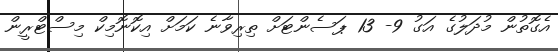
އެގޮތުން މުދަލުގެ އަގު 9- 13 ޕަސެންޓަށް ތިރިވާނެ ކަމަށް އިކޮނޮމިކް މިިސްޓްރީން